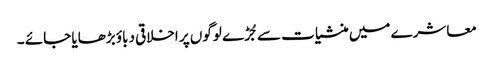
معاشرے میں منشیات سے جُڑے لوگوں پر اخلاقی دباؤ بڑھایا جائے ۔